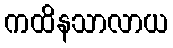
ကထိနသာလာယ